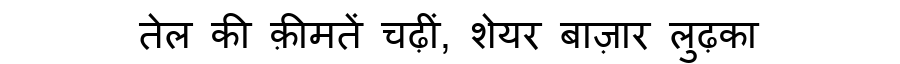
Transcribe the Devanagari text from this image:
तेल की क़ीमतें चढ़ीं, शेयर बाज़ार लुढ़का